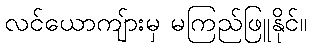
လင်ယောကျ်ားမှ မကြည်ဖြူနိုင်။